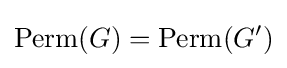
\operatorname {Perm} (G)=\operatorname {Perm} (G')